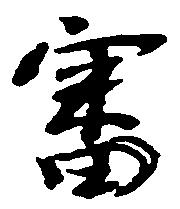
審